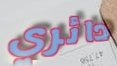
دائري